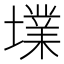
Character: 𡑿